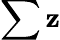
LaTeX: \sum\mathbf{z}